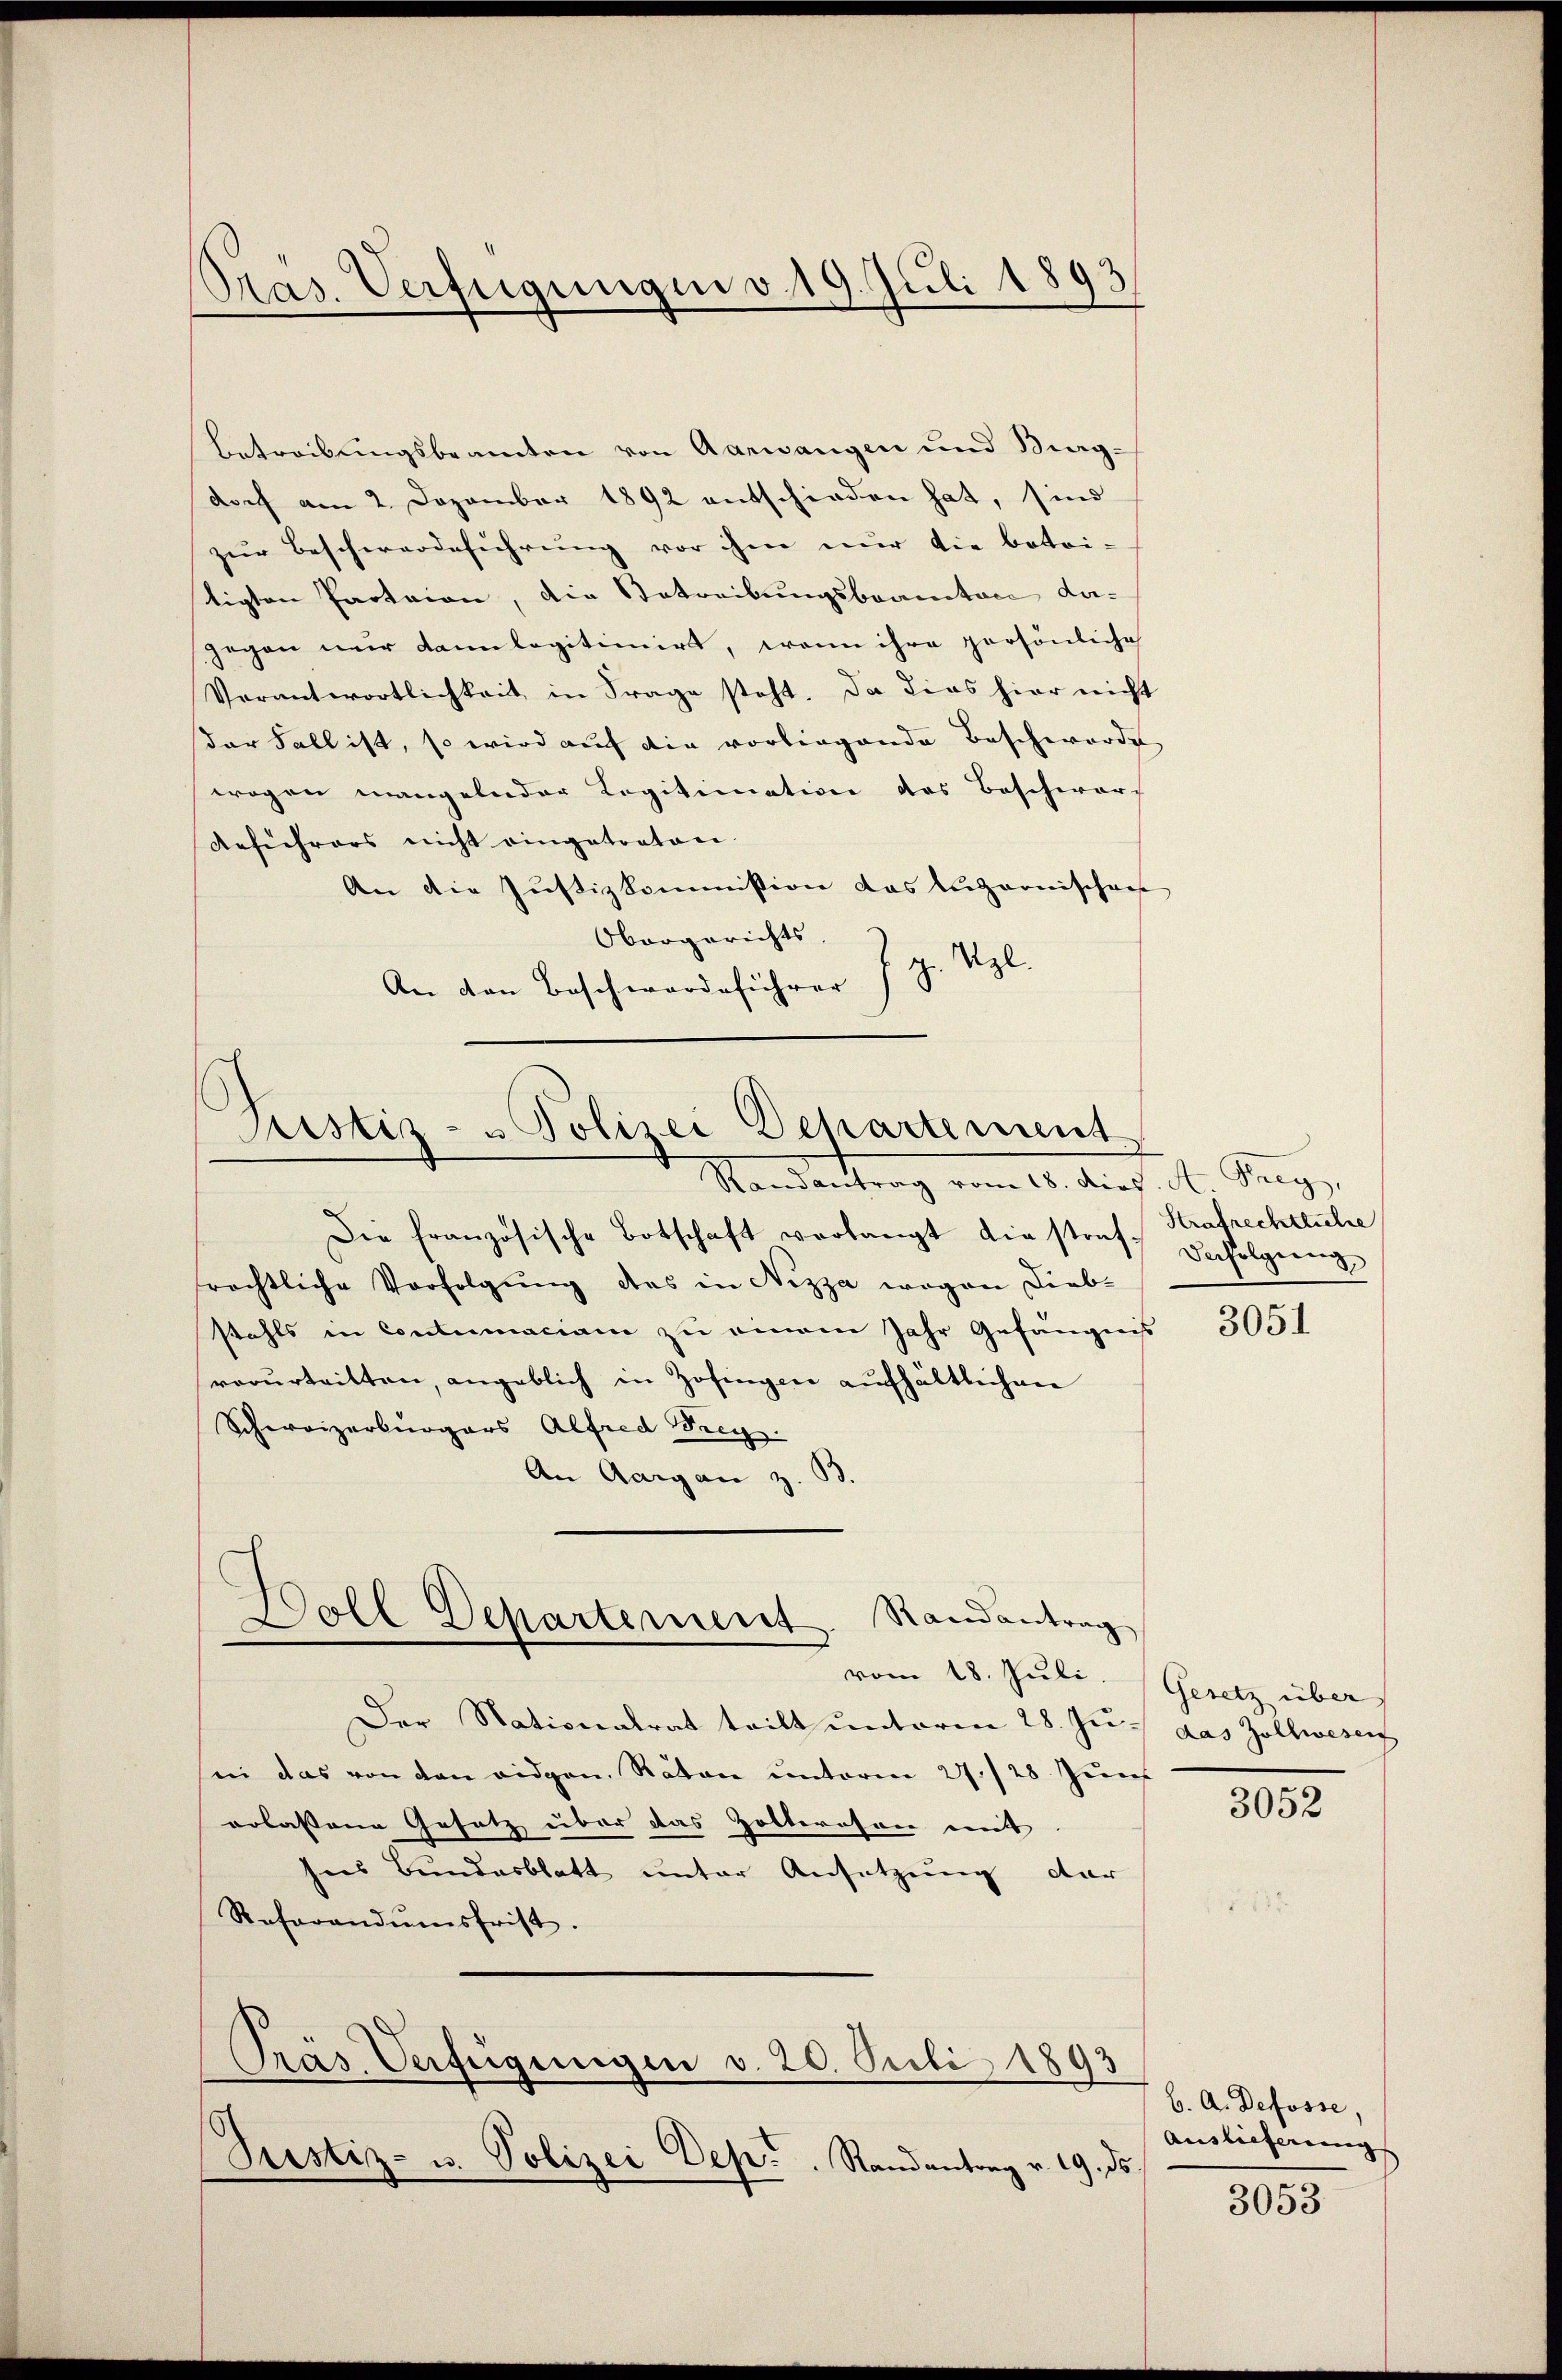
Pras. Verfügungen v. 19. Juli 1893.

betreibungsbeamten von Aarwangen und Berg-
doch am 2. Dezember 1892 entschieden hat, sind
zur Beschwerdeführung vor ihm nur die botoi-
tigten Protaion, die Betreibungsbrauctace da-
gegen nur dann legitimirt, wenn ihre persönliche
Verantwortlichkeit in Frage steht. Da dies hier nicht
der Fall ist, so wird auf die vorliegende Beschwerde,
wogen mangelnder Legitimation des Beschwarz
Anführers nicht eingetraten.
An die Justizkommission das Luzernischen
Obergerichts.
An den Beschwerdeführer J. J. Vgl.

Justiz- u Polizei Departement
Randantrag vom 11. And. d. Meyn

Die französische Botschaft verlangt die strat Befolgŭng
rechtliche Verfolgung des in Nizza wegen Diebstahls in Contumaciam zu einem Jahr Gefängnis
verurteilten, angeblich in Zofingen aufhältlichen
Schweizerbürgers Alfred Frey.
An Aargau z. B

Randantrag
Boll Departement
vom 18. Juli.

Der Nationalrat teilt unterm 28. Ju. das Zollwesen
in das von den eidgen. Räten unterm 27./28. Juni
erlassene Gesetz über das Zolteresen mit
hees Bundesblatt unter Ansetzung dar
Referandumsfrist.
Präs. Verfügungen v. 20. Juli 1893
Justiz- u. Polizei Dep.. Randantrag v. 19. ds.

Strafrechtliche

3051

Gesetz über

3052

b. A. Defosse,
Auslieferung

3053